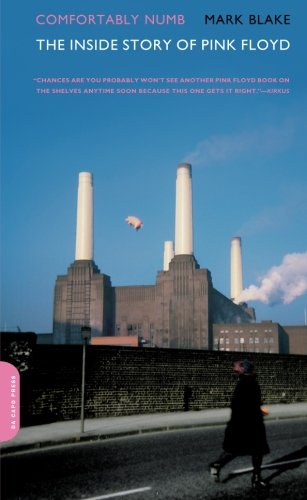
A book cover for Comfortably Numb: The Inside Story of Pink Floyd; Mark Blake; Biographies & Memoirs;